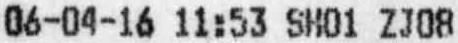
06-04-16 11:53 SH01 ZJ08